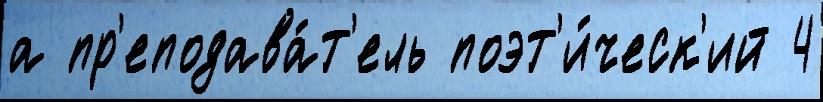
а пр'еподава́т'ель поэт'и́ческ'ий 4